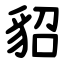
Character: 貂